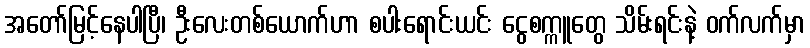
အတော်မြင့်နေပါပြီ၊ ဦးလေးတစ်ယောက်ဟာ စပါးရောင်းယင်း ငွေစက္ကူတွေ သိမ်းရင်းနဲ့ ဝက်လက်မှာ